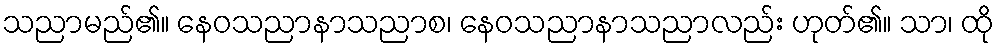
သညာမည်၏။ နေဝသညာနာသညာစ၊ နေဝသညာနာသညာလည်း ဟုတ်၏။ သာ၊ ထို